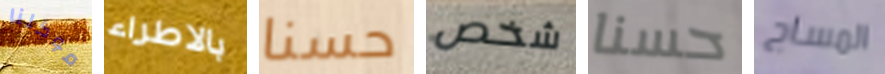
موكلنا بالاطراء حسنا شخص حسنا المساج